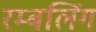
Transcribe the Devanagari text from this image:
रम्बलिंग